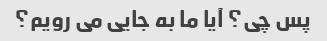
پس چی؟ آیا ما به جایی می رویم؟